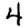
Digit: 4